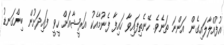
އުފުއްލާލައިގެން އަންނަ ތަނެވެ. ހޭނެތިފައިވާ ހައިފާ ފެނުމާއެކު އަރީޝާއަށް ހީވީ ފައިދަށުން ބިންގަނޑު